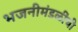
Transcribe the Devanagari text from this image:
भजनीमंडळींची